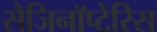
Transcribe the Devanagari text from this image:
सैजिनॉप्टेरिस